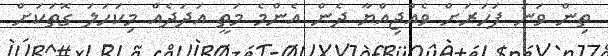
ތިން ވަނަ ފަހަރަށް ވެއްޖިއްޔާ ދެން އެންމެ މަތީ އަދަދެއް މިކަހަލަ ގޮތަކަށް